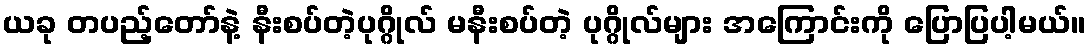
ယခု တပည့်တော်နဲ့ နီးစပ်တဲ့ပုဂ္ဂိုလ် မနီးစပ်တဲ့ ပုဂ္ဂိုလ်များ အကြောင်းကို ပြောပြပါ့မယ်။